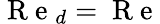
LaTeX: \mathrm{~R~e~}_{d}=\mathrm{~R~e~}